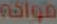
فواكه